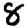
Digit: 8